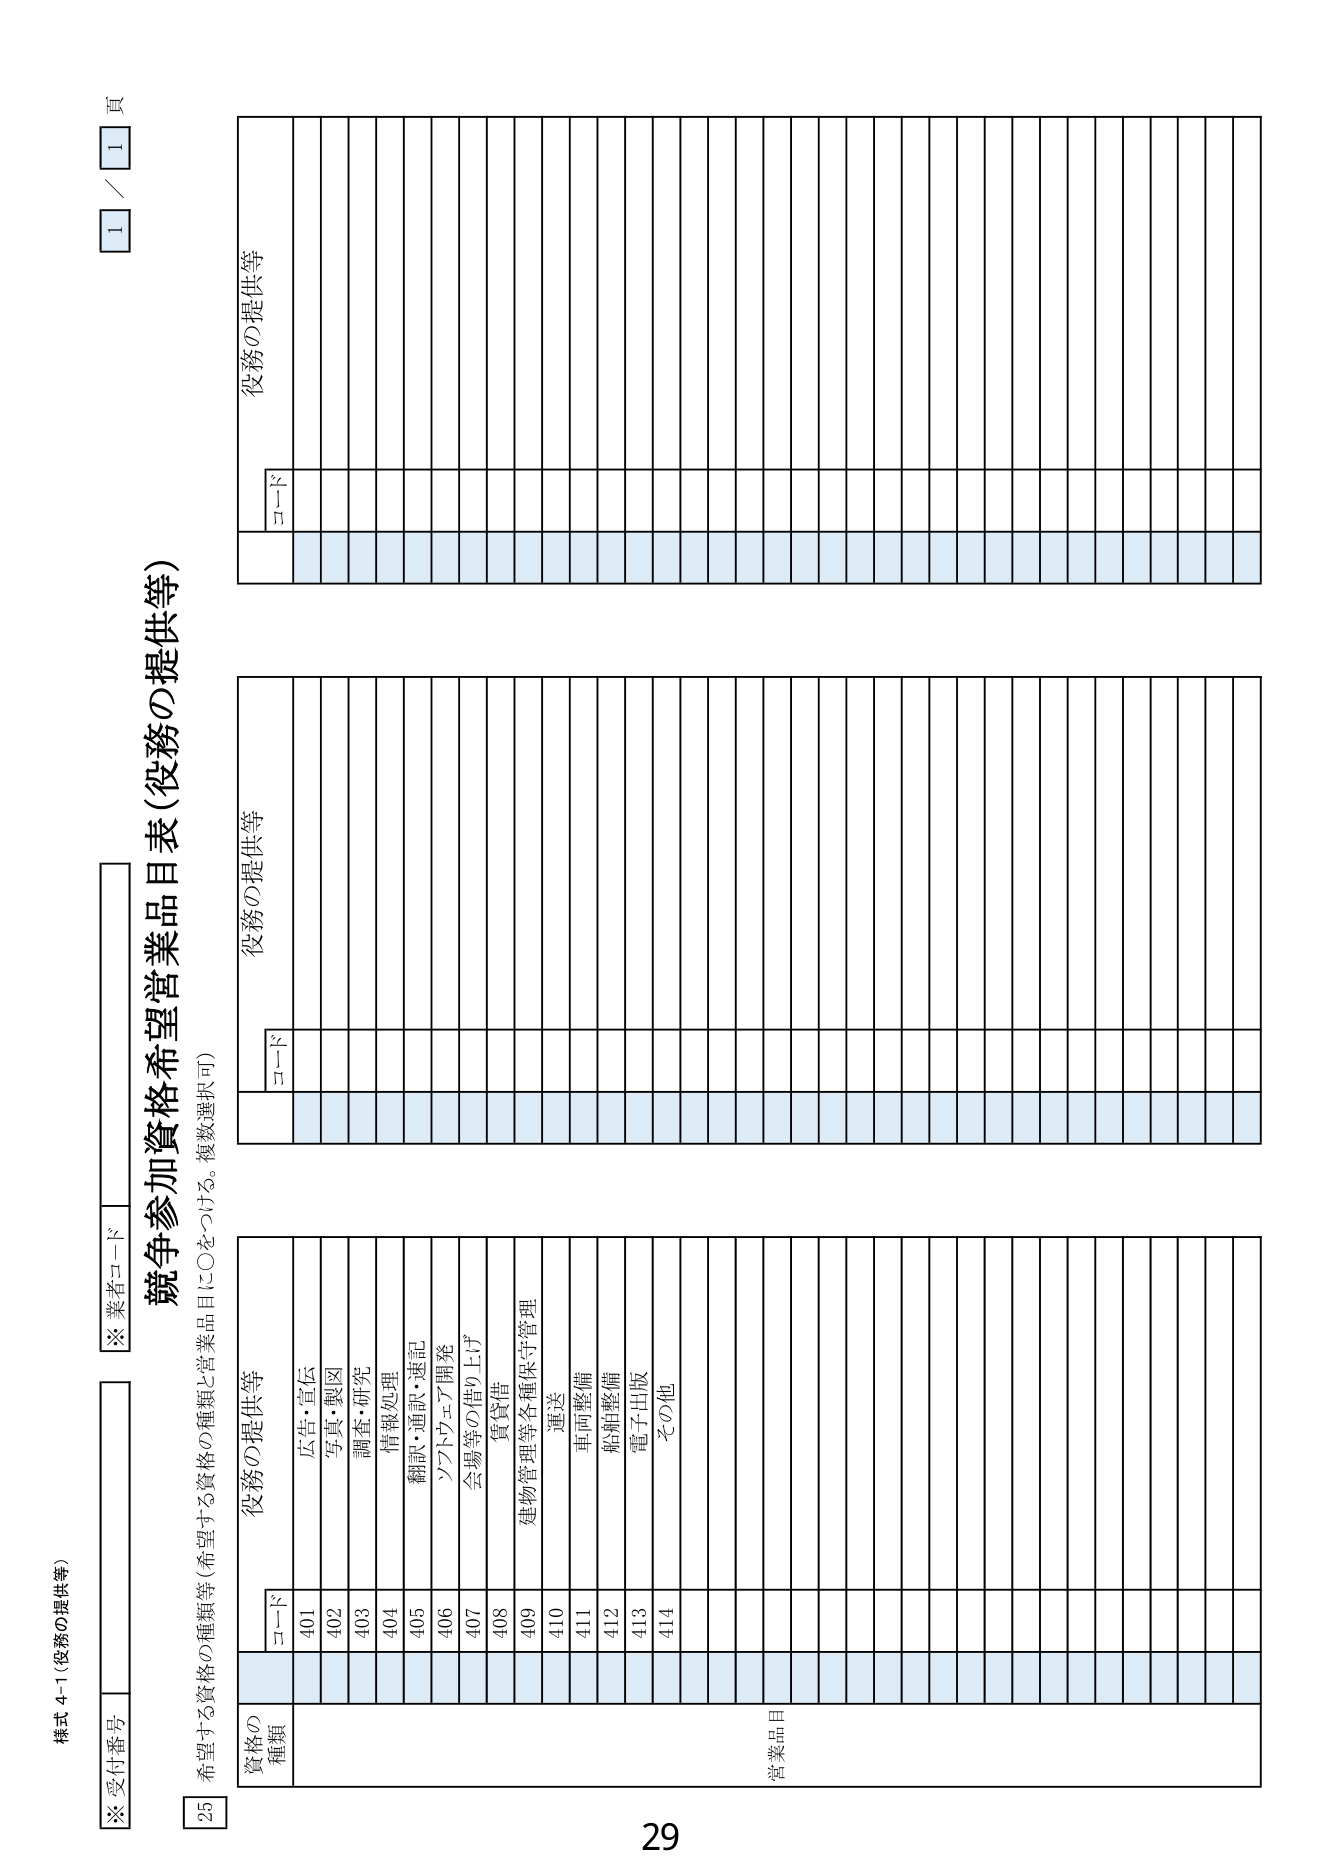
様式 4-1（役務の提供等）

※受付番号

※業者コード

競争参加資格希望営業品目表（役務の提供等）

希望する資格の種類等（希望する資格の種類と営業品目に○をつける。複数選択可）

25

資格の
種類

コード

役務の提供等

コード

役務の提供等

コード

役務の提供等

401
広告・宣伝

402
写真・製図

403
調査・研究

404
情報処理

405
翻訳・通訳・速記

406
ソフトウェア開発

407
会場等の借り上げ

408
賃貸借

409
建物管理等各種保守管理

410
運送

411
車両整備

412
船舶整備

413
電子出版

414
その他

営業品目

1 / 1 頁

29